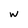
Character: w